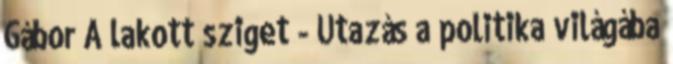
Gábor A lakott sziget - Utazás a politika világába